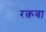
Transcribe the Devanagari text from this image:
रक़बा